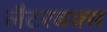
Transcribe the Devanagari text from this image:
लैटरबक्स